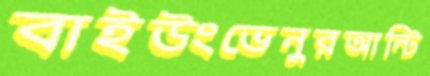
বাইউংভেনুরআন্টি